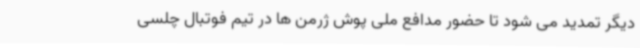
دیگر تمدید می شود تا حضور مدافع ملی پوش ژرمن ها در تیم فوتبال چلسی